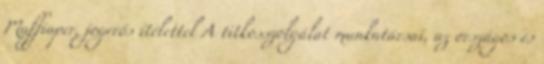
Maffiaper, jogerős ítélettel A titkosszolgálat munkatársai, az országos és